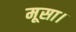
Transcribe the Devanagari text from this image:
मूसा।